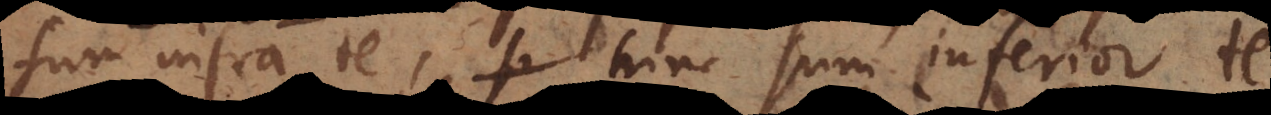
sum infra te, hinc sum inferior te